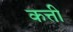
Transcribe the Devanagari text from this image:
कत्ती